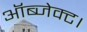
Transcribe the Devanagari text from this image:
ऑब्जेक्ट।